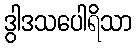
ဒွါဒသပေါရိသာ